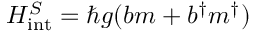
H _ { \mathrm { { i n t } } } ^ { S } = \hbar g ( b m + b ^ { \dagger } m ^ { \dagger } )